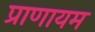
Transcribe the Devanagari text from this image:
प्राणायम